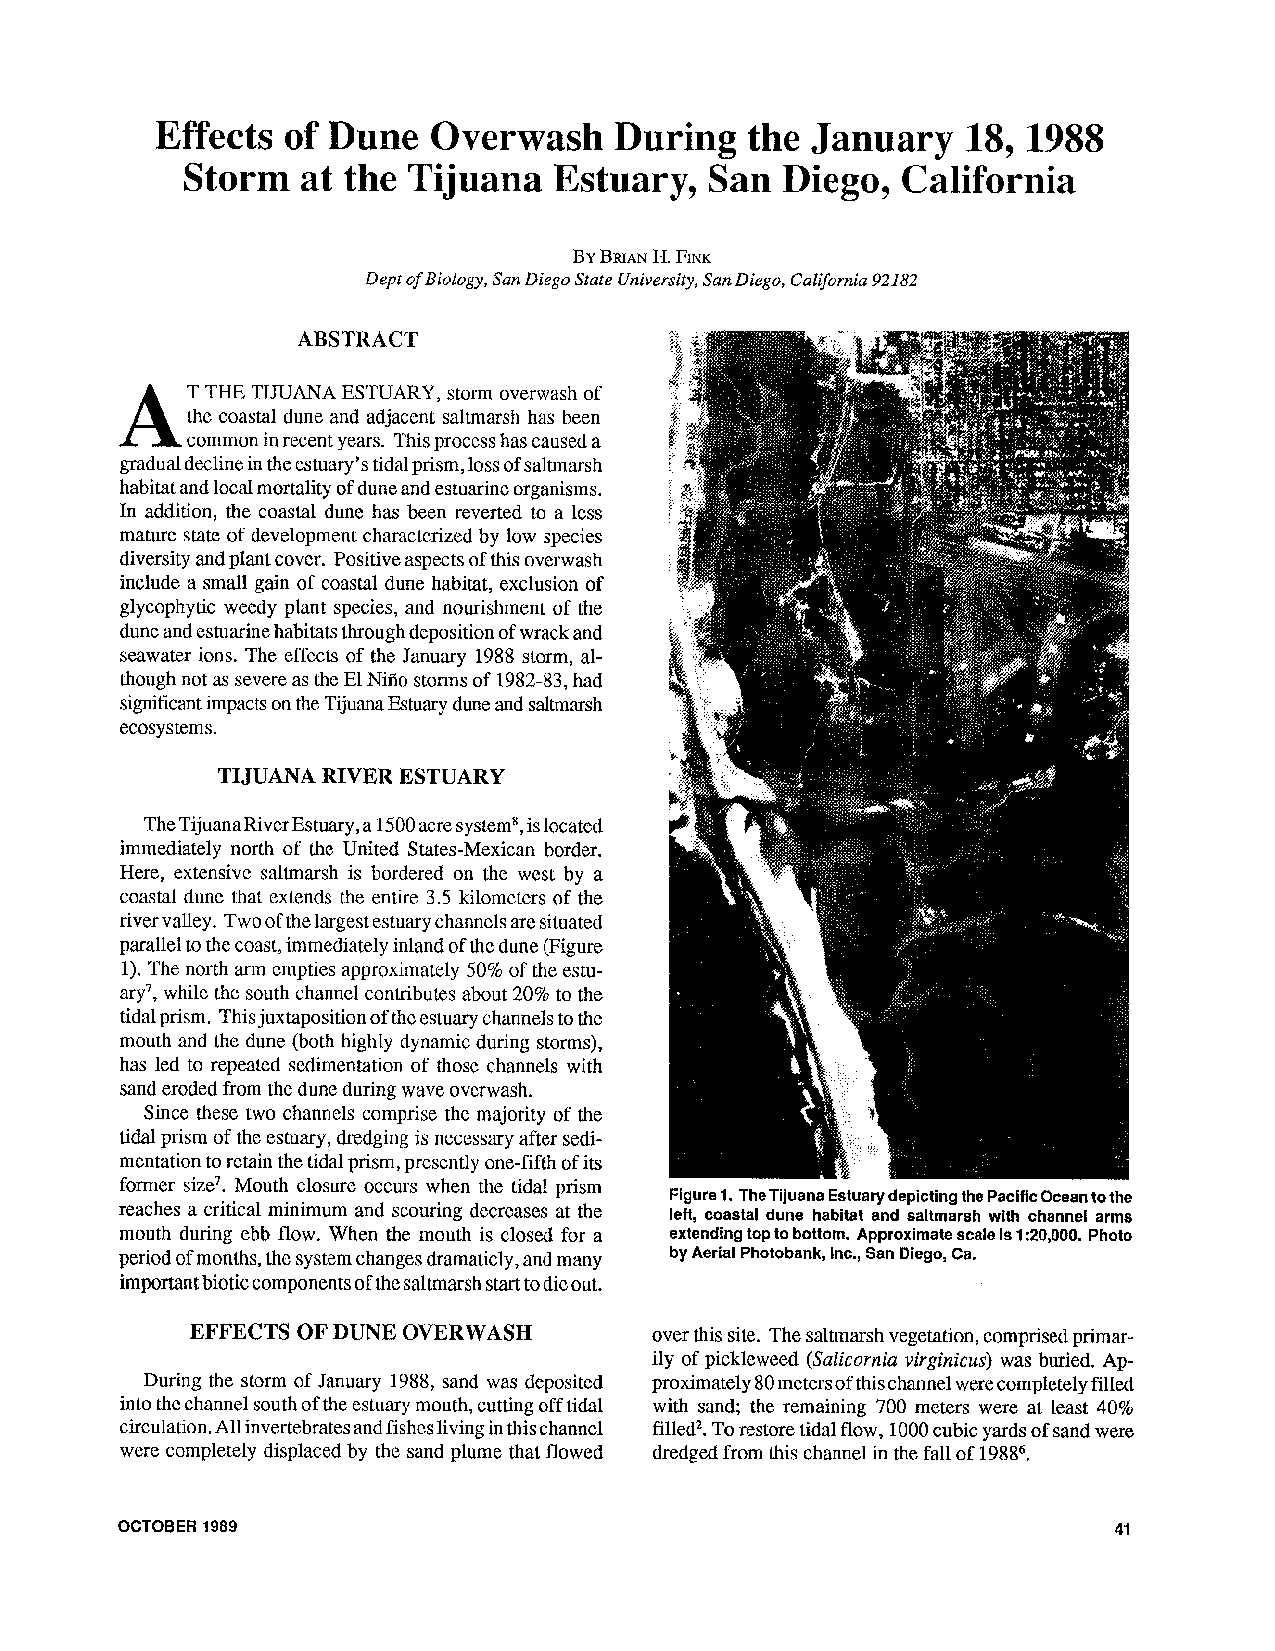
Effects  of Dune   Overwash    During   the January   18,1988
 Storm   at the Tijuana   Estuary,  San  Diego,  California
 BYB RIANH . FINK
 Dept of Biology, Sun Diego State University,S an Diego, Califurnia 92182
 ABSTRACT
 T THE TIJUANA ESTUARY, storm ovcrwash of
 the coastal dune and adjacent saltmarsh has been
 . common in recent years. This process has caused a
 gradual decline in the estuary's tidal prism, loss of saltmarsh
 habitat and local mortality of dune and estuarine organisms.
 In addition, the coastal dune has been reverted to a less
 mature stale of develop~rlenlc haraclerized by low species
 diversity and plant cover. Positive aspects of this overwash
 include a small gain of coastal dunc habitat, exclusion of
 glycophytic weedy plant species, and nourishment of the
 dune and estuarine habitats through deposition of wrack and
 seawater ions. The effects of the January 1988 storm, al-
 though not as severe as the El Niiio storms of 1982-83, had
 significant impacts on the Tijuana Estuary dune and saltmarsh
 ecosystems.
 TIJUANA RIVER ESTUARY
 TheTijuanaRivcrEstuary, a 1500 acre system" is located
 immediately north of the United States-Mexican border.
 Here, extensive saltmarsh is bordered on the west by a
 coastal dune that extends the entire 3.5 kilometers of the
 river valley. Two of the largest estuary channels are situated
 parallel to the coast, immediately inland of the dune (Figure
 1). The north arm ernpties approximalely 50% of the estu-
 ary7, while the south channel contributes about 20% to the
 tidal prism. This juxtaposition of the estuary channels to the
 mouth and thc dunc (both highly dynamic during storms),
 has led to repeated sedimentation of those channels with
 sand eroded from the dune during wave overwash.
 Since these two channels comprise the majority of the
 tidal prism of the estuary, dredging is necessary after sedi-
 mentation to retain the tidal prism, presently one-fifth of its
 former size7. Mouth closure occurs when the tidal prism
 Figure 1. The Tijuana Estuary depicting the Pacific Ocean to the
 reaches a critical minimum and scouring decreases at the left, coastal dune habitat and saltmarsh with channel arms
 mouth during ebb flow. When the mouth is closed for a extending top to bottom. Approximate scale is 1: 20,000. Photo
 pcriod of months, the system changes dramaticly, and many by Aerial Photobank, Inc., San Diego, Ca.
 important biotic components of the saltmarsh start to dieout.
 EFFECTS OF DUNE OVERWASH      over this site. The saltmarsh vegetation, comprised primar-
 ily of picklcweed (Salicornia virginicus) was buried. Ap-
 During the storm of January 1988, sand was deposited proximately 80 metersof this channel were completely fillcd
 into the channel south of the estuary mouth, cutting off tidal with sand; the remaining 700 meters were at least 40%
 circulation.A ll invertebrates and fishes living in this channel filled2. To restore tidal flow, 1000 cubic yards of sand were
 were coinplelely displaced by the sand plume that flowed dredged from this channel in the fall of 19886.
 OCTOBER 1989                                                      41